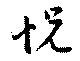
怳